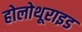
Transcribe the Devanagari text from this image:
होलोथूराइड